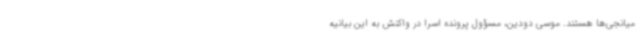
میانجی‌ها هستند. موسی دودین، مسؤول پرونده اسرا در واکنش به این بیانیه